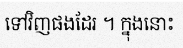
ទៅវិញផងដែរ ។ ក្នុងនោះ